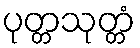
ပုတ္တသုတ္တံ